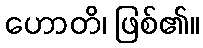
ဟောတိ၊ ဖြစ်၏။